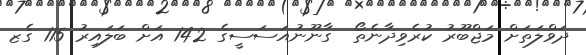
ދަވްލަތަށް މަޖްބޫރު ކުރެވިދާނެތޯ  ގާނޫނުއަސަސީގެ 142 އަށް ބަލައިރު 115 ގެޒ